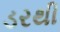
ડરથી